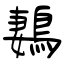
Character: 鶈